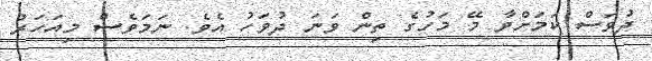
ދުވަސް ކަމަށްވާ މޭ މަހުގެ ތިން ވަނަ ދުވަހު އެވެ. ނަމަވެސް މިއަހަރު